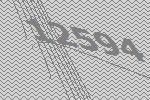
12594